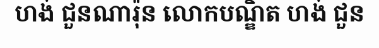
ហង់ ជួនណារ៉ុន លោកបណ្ឌិត ហង់ ជួន